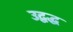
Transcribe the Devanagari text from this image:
उद्बद्ध